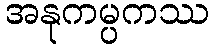
အနုကမ္ပကဿ